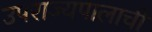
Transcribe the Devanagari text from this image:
उपराज्यपालाची